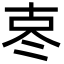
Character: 𪞟